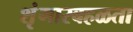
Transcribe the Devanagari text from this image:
शृंगारबहळता